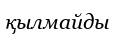
қылмайды